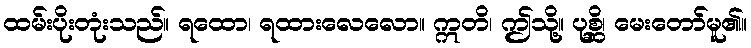
ထမ်းပိုးတုံးသည်။ ရထော၊ ရထားလေလော။ ဣတိ၊ ဤသို့။ ပုစ္ဆိ၊ မေးတော်မူ၏။